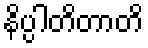
နိပ္ပါတိတာတိ